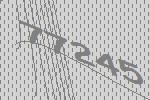
77245